Annual report of the Civil Veterinary Department, Bengal, for the year 1897-98 - 1897-1898
Year: 1897
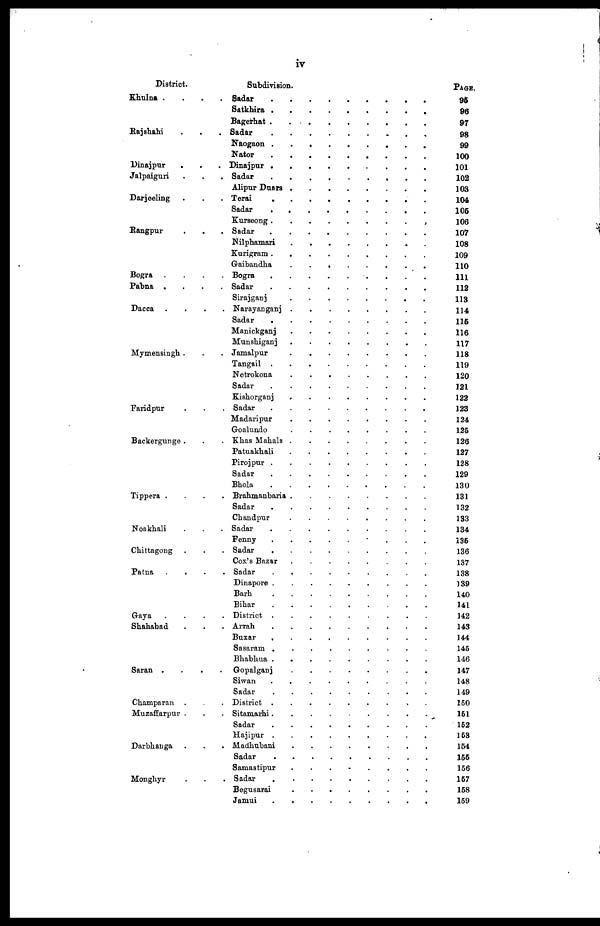
iv
District.
Khulna . . . .
Rajshahi .. .
Dinajpur .. .
Jalpniguri ..
Darjeeling . . .
Rangpur . . .
Bogra . . .
Pabna . . . .
Dacca . . .
Mymensingh ...
Faridpur ..
Backergunge . . .
Tippera ...
Noakhali ..
Ckittagong ...
Patna ...
Gaya ...
Shahabad ..
Saran ...
Champaran ..
Muzaffarpur . ..
Darbhanga ...
Monghyr ..
Subdivision.
Sadar . . . . . . . . . . . . .
Satkhira . . . . . . . . . . . . .
Bagerhat . . . . . . . . . . . . .
Sadar . . . . . . . . . . . . .
Naogaon . . . . . . . . . . . . .
Nator . . . . . . . . . . . . .
Dinajpur .. . . . . . . . . . . . . .
Sadar
.........
Alipur Duars . . . . . . . . . . . . .
Terai . . . . . . . . . . . . .
Sadar . . . . . . . . . . . . .
Kurseong . . . . . . . . . . . . .
Sadar . . . . . . . . . . . . .
Nilphamari . . . . . . . . . . . . .
Kurigram . . . . . . . . . . . . .
Gaibandha . . . . . . . . . . . . .
Bogra . . . . . . . . . . . . .
Sadar . . . . . . . . . . . . .
Sirajganj . . . . . . . . . . . . .
Narayanganj . . . . . . . . . . . . .
Sadar . . . . . . . . . . . . .
Manickganj . . . . . . . . . . . . .
Munshiganj . . . . . . . . . . . . .
Jamalpur
........
Tangail . . . . . . . . . . . . .
Notrokona . . . . . . . . . . . . .
Sadar
.........
Kishorganj ... . . . . . . . . . . . .
Sadar . . . . . . . . . . . . .
Madaripur . . . . . . . . . . . . .
Goalundo . . . . . . . . . . . . .
Khas Mahals . . . . . . . . . . . . .
Patuakhali . . . . . . . . . . . . .
Pirojpur . . . . . . . . . . . . .
Sadar . . . . . . . . . . . . .
Bhola . . . . . . . . . . . . .
Brahmanbaria
........
Sadar . . . . . . . . . . . . .
Chandpur . . . . . . . . . . . . .
Sadar
.........
Fenny . . . . . . . . . . . . . .
Sadar . . . . . . . . . . . . .
Cox's Bazar
........
Sadar . . . . . . . . . . . . .
Dinapore . . . . . . . . . . . . .
Barb
.........
Bihar . . . . . . . . . . . . .
District . . . . . . . . . . . . .
Arrah . . . . . . . . . . . . .
Buxar . . . . . . . . . . . . .
Sasaram . . . . . . . . . . . . .
Bhabbua
.........
Gopalganj . . . . . . . . . . . . .
Siwan . . . . . . . . . . . . .
Sadar . . . . . . . . . . . . .
District . . . . . . . . . . . . .
Sitamarhi . . . . . . . . . . . . .
Sadar . . . . . . . . . . . . .
Hajipur . . . . . . . . . . . . .
Madhubani . . . . . . . . . . . . .
Sadar . . . . . . . . . . . . .
Samastipur
........
Sadar . . . . . . . . . . . . .
Begusarai . . . . . . . . . . . . .
Jamui . . . . . . . . . . . . .
PAGE.
95
96
97
98
99
100
101
102
103
104
105
106
107
108
109
110
111
112
113
114
115
116
117
118
119
120
121
122
123
124
125
126
127
128
129
130
131
132
133
134
135
136
137
138
139
140
141
142
143
144
145
146
147
148
149
150
151
152
153
154
155
156
157
158
159